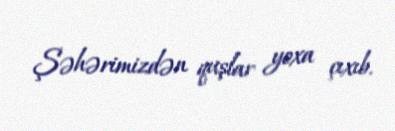
Şəhərimizdən quşlar yoxa çıxıb.